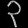
Digit: ၃